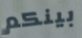
بينكم